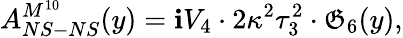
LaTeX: A_{NS-NS}^{M^{10}}(y)=\mathbf{i}V_{4}\cdot2\kappa^{2}\tau_{3}^{2}\cdot\mathfrak{G}_{6}(y),